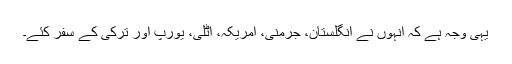
یہی وجہ ہے کہ انہوں نے انگلستان، جرمنی، امریکہ، اٹلی، یورپ اور ترکی کے سفر کئے۔